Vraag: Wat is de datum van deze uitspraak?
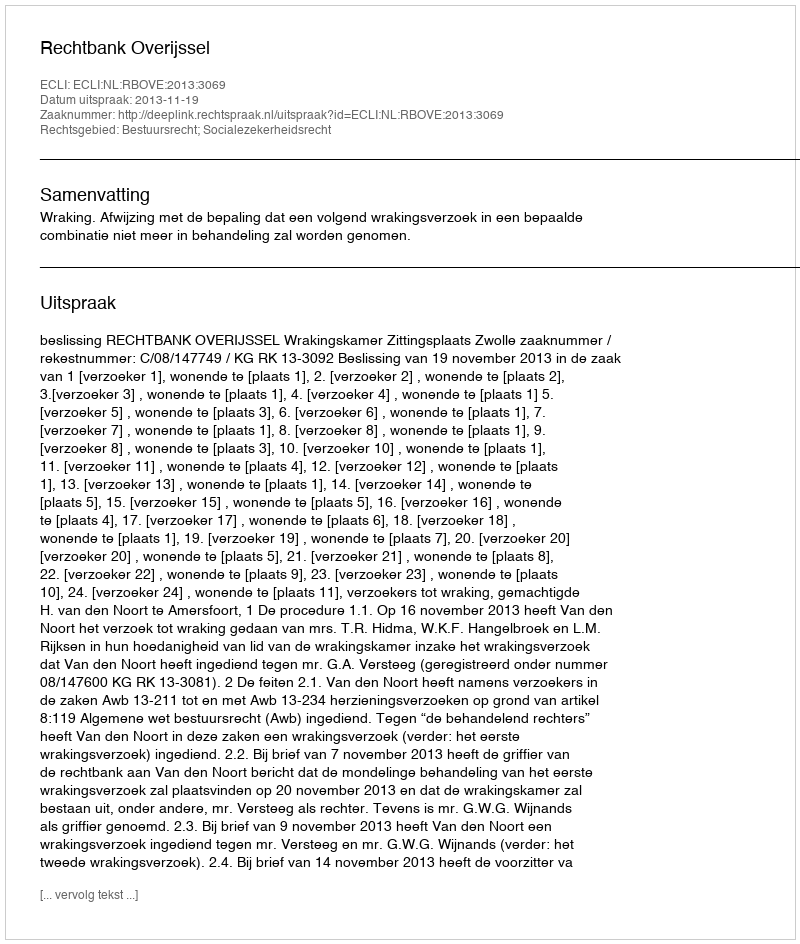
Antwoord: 2013-11-19